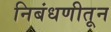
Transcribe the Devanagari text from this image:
निबंधणीतून